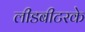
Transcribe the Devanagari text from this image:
लीडबीटरके